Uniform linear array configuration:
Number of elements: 64
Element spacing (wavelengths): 0.25
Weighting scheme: exponential
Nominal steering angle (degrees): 15
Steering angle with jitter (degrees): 14.412
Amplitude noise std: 0.05
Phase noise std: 0.05

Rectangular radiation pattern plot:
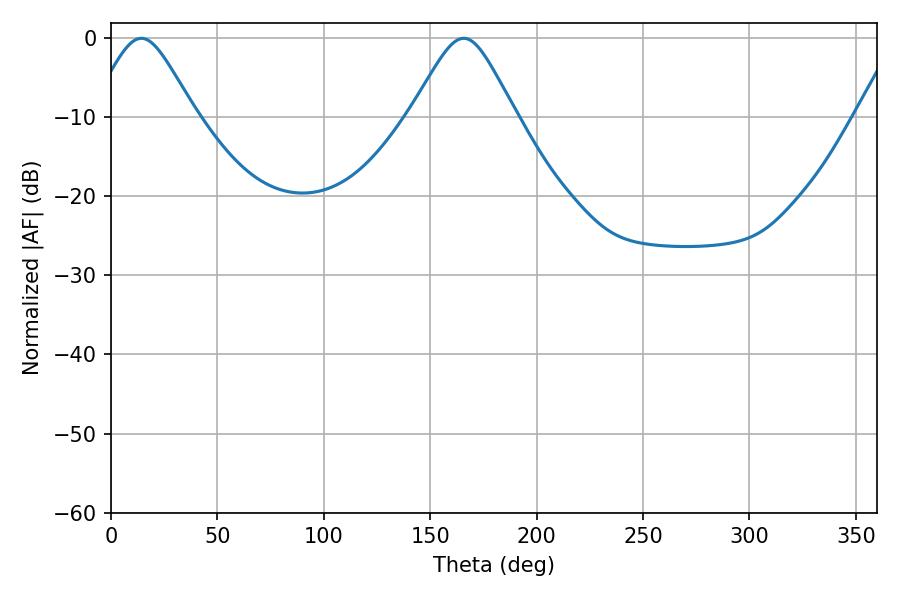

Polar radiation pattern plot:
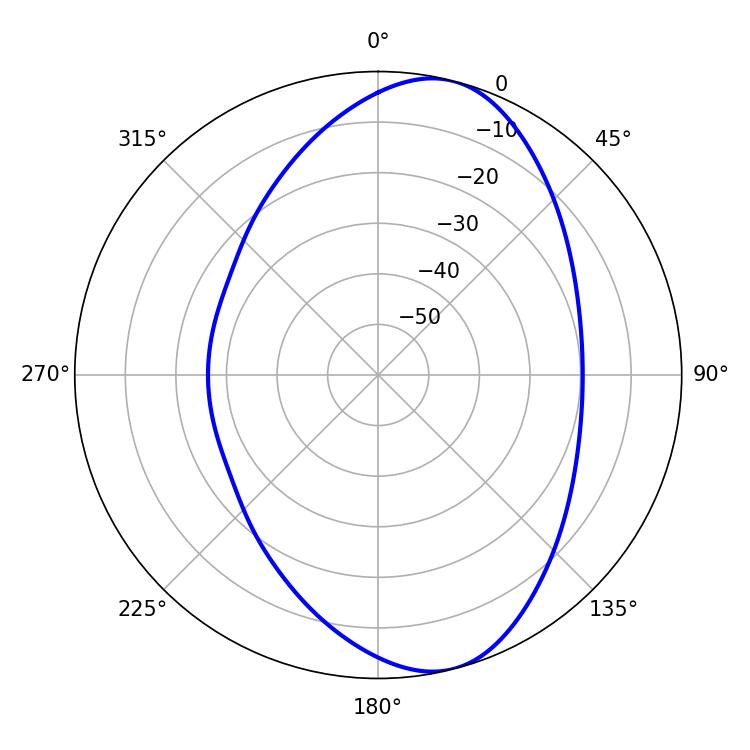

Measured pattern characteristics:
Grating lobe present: FALSE
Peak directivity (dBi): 8.922
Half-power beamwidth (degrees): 23.76
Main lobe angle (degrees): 14.22